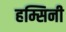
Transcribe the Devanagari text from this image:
हम्सिनी